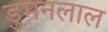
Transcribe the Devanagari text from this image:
डुमनलाल